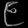
Digit: ၉